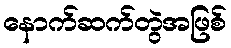
နောက်ဆက်တွဲအဖြစ်